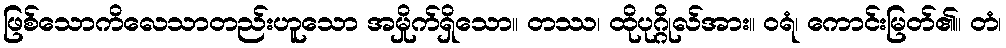
ဖြစ်သောကိလေသာတည်းဟူသော အမှိုက်ရှိသော။ တဿ၊ ထိုပုဂ္ဂိုလ်အား။ ဝရံ၊ ကောင်းမြတ်၏။ တံ၊